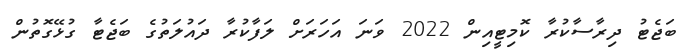
ބަޖެޓު ދިރާސާކުރާ ކޮމިޓީއިން 2022 ވަނަ އަހަރަށް ލަފާކުރާ ދައުލަތުގެ ބަޖެޓާ ގުޅޭގޮތުން